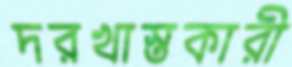
দরখাস্তকারী